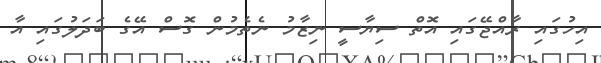
އިހުގައި ރާއްޖޭގައި އޮތް ސިޔާސީ ނިޒާމު ނެތެމުން ގޮސް އޭގެ ބަދަލުގައި އާ